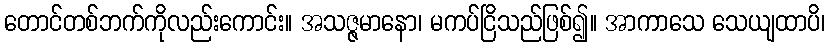
တောင်တစ်ဘက်ကိုလည်းကောင်း။ အသဇ္ဇမာနော၊ မကပ်ငြိသည်ဖြစ်၍။ အာကာသေ သေယျထာပိ၊